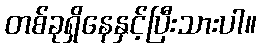
တစ်ခုရှိနေနှင့်ပြီးသားပါ။